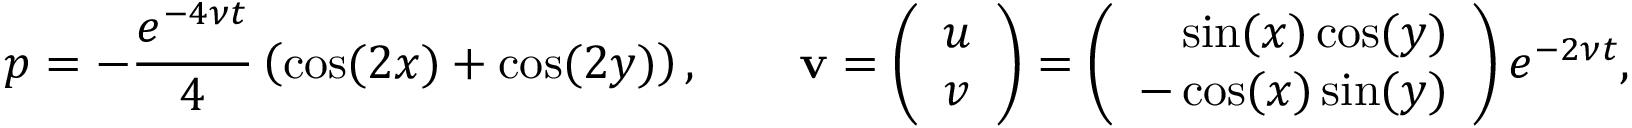
p = - \frac { e ^ { - 4 \nu t } } { 4 } \left( \cos ( 2 x ) + \cos ( 2 y ) \right) , \qquad \mathbf { v } = \left( \begin{array} { c } { u } \\ { v } \end{array} \right) = \left( \begin{array} { c } { \phantom { - } \sin ( x ) \cos ( y ) } \\ { - \cos ( x ) \sin ( y ) } \end{array} \right) e ^ { - 2 \nu t } , \qquad \nu = 1 0 ^ { - 2 } .